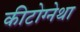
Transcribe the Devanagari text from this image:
कीटोग्नेथा